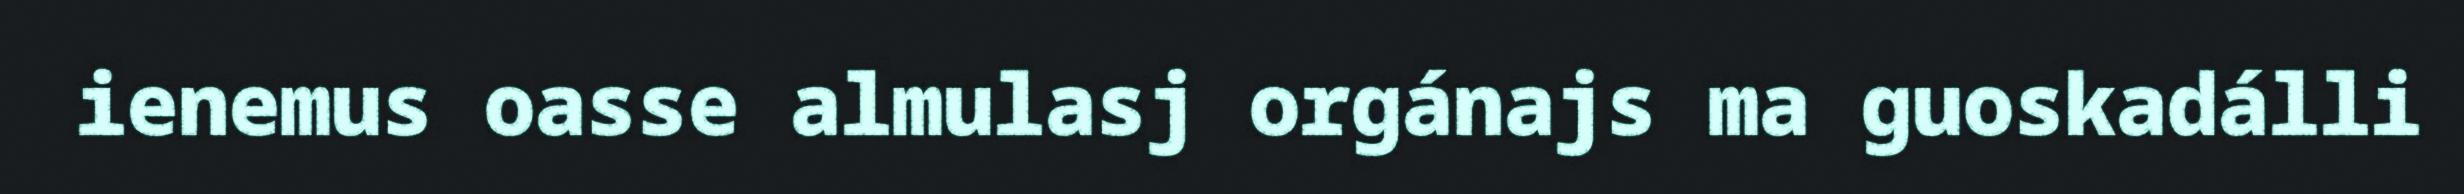
ienemus oasse almulasj orgánajs ma guoskadálli